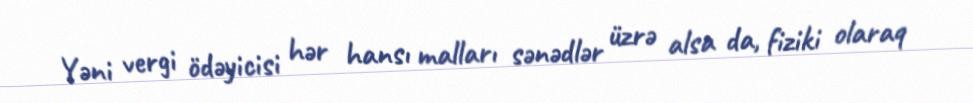
Yəni vergi ödəyicisi hər hansı malları sənədlər üzrə alsa da, fiziki olaraq